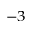
^ { - 3 }